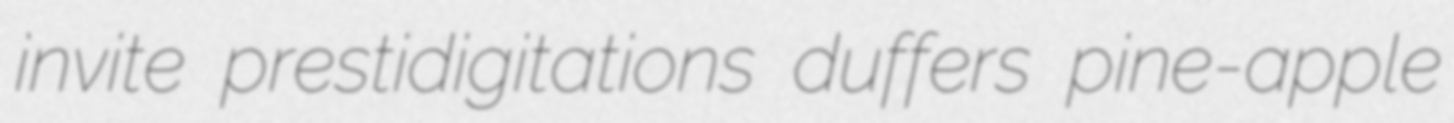
invite prestidigitations duffers pine-apple